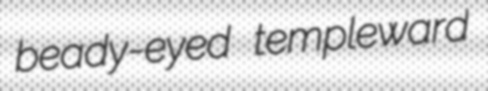
beady-eyed templeward